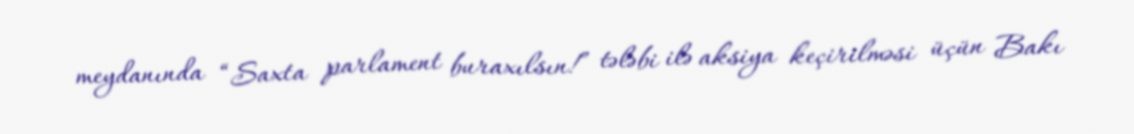
meydanında “Saxta parlament buraxılsın!” tələbi ilə aksiya keçirilməsi üçün Bakı